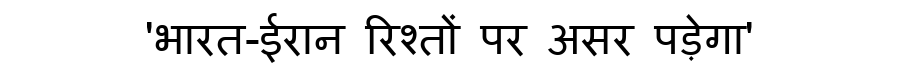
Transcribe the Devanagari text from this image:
'भारत-ईरान रिश्तों पर असर पड़ेगा'